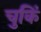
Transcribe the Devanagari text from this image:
चुकिं